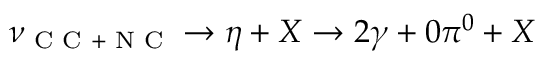
\nu _ { \textrm { C C } + \textrm { N C } } \rightarrow \eta + X \rightarrow 2 \gamma + 0 \pi ^ { 0 } + X